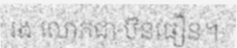
រង លោកជា ប៊ុនធឿន។